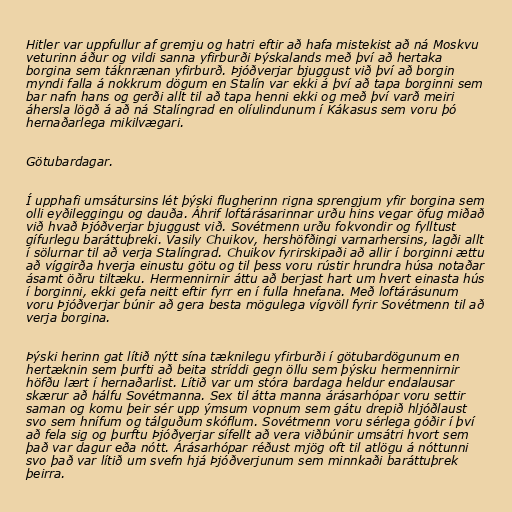
Hitler var uppfullur af gremju og hatri eftir að hafa mistekist að ná Moskvu
veturinn áður og vildi sanna yfirburði Þýskalands með því að hertaka
borgina sem táknrænan yfirburð. Þjóðverjar bjuggust við því að borgin
myndi falla á nokkrum dögum en Stalín var ekki á því að tapa borginni sem
bar nafn hans og gerði allt til að tapa henni ekki og með því varð meiri
áhersla lögð á að ná Stalíngrad en olíulindunum í Kákasus sem voru þó
hernaðarlega mikilvægari.

Götubardagar.

Í upphafi umsátursins lét þýski flugherinn rigna sprengjum yfir borgina sem
olli eyðileggingu og dauða. Áhrif loftárásarinnar urðu hins vegar öfug miðað
við hvað Þjóðverjar bjuggust við. Sovétmenn urðu fokvondir og fylltust
gífurlegu baráttuþreki. Vasily Chuikov, hershöfðingi varnarhersins, lagði allt
í sölurnar til að verja Stalíngrad. Chuikov fyrirskipaði að allir í borginni ættu
að víggirða hverja einustu götu og til þess voru rústir hrundra húsa notaðar
ásamt öðru tiltæku. Hermennirnir áttu að berjast hart um hvert einasta hús
í borginni, ekki gefa neitt eftir fyrr en í fulla hnefana. Með loftárásunum
voru Þjóðverjar búnir að gera besta mögulega vígvöll fyrir Sovétmenn til að
verja borgina.

Þýski herinn gat lítið nýtt sína tæknilegu yfirburði í götubardögunum en
hertæknin sem þurfti að beita stríddi gegn öllu sem þýsku hermennirnir
höfðu lært í hernaðarlist. Lítið var um stóra bardaga heldur endalausar
skærur að hálfu Sovétmanna. Sex til átta manna árásarhópar voru settir
saman og komu þeir sér upp ýmsum vopnum sem gátu drepið hljóðlaust
svo sem hnífum og tálguðum skóflum. Sovétmenn voru sérlega góðir í því
að fela sig og þurftu Þjóðverjar sífellt að vera viðbúnir umsátri hvort sem
það var dagur eða nótt. Árásarhópar réðust mjög oft til atlögu á nóttunni
svo það var lítið um svefn hjá Þjóðverjunum sem minnkaði baráttuþrek
þeirra.